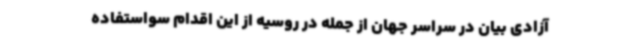
آزادی بیان در سراسر جهان از جمله در روسیه از این اقدام سواستفاده